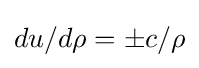
du/d\rho =\pm c/\rho